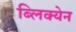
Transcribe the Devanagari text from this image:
ब्लिक्येन